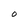
Character: O